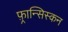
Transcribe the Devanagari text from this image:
फ़्रान्सिस्कन